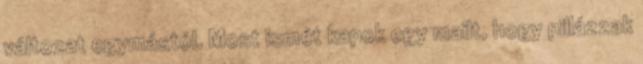
változat egymástól. Most ismét kapok egy mailt, hogy pillázzak